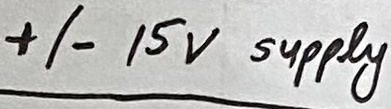
Text: +/- 15V supply